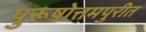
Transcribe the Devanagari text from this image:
पुरूषोत्तमपुरीत